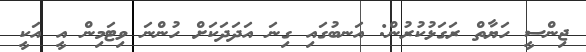
ޖިންސީ ހަޔާތް ރަގަޅުކުރުން: އަނބުގައި ގިނަ އަދަދަކަށް ހުންނަ ވިޓަމިން އީ އަކީ